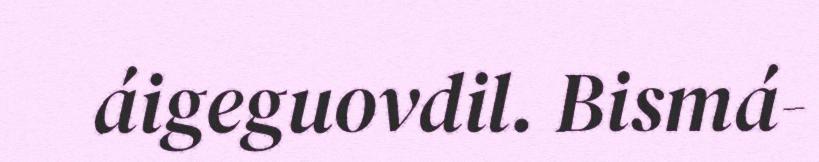
áigeguovdil. Bismá-